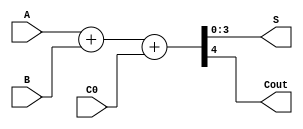
// Mohammad Abu Shams.
// 4 bit binary adder using data flow model.
module FBBA(A,B,C0,S,Cout);
input [3:0]A;
input [3:0]B;
input C0;
output [3:0]S;
output Cout;
assign {Cout,S}=A+B+C0;
endmodule